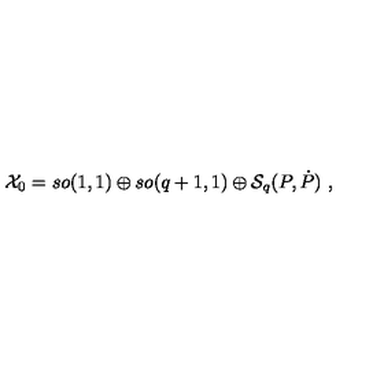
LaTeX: { \cal X } _ { 0 } = s o ( 1 , 1 ) \oplus s o ( q + 1 , 1 ) \oplus { \cal S } _ { q } ( P , \dot { P } ) \ ,